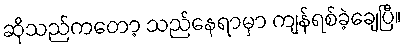
ဆိုသည်ကတော့ သည်နေရာမှာ ကျန်ရစ်ခဲ့ချေပြီ။